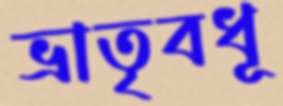
ভ্রাতৃবধূ